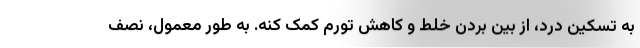
به تسکین درد، از بین بردن خلط و کاهش تورم کمک کنه. به طور معمول، نصف